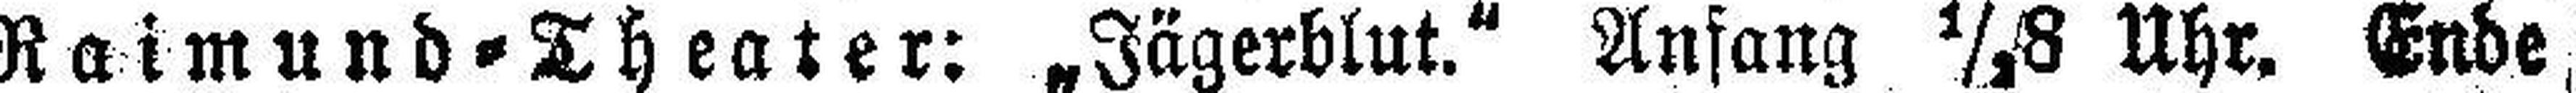
Raimund=Theater: „Jägerblut.“ Anfang ½8 Uhr. Ende